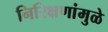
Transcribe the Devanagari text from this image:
निरिक्षणांमुळे